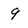
Character: 9